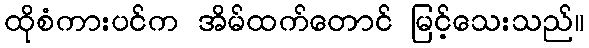
ထိုစံကားပင်က အိမ်ထက်တောင် မြင့်သေးသည်။